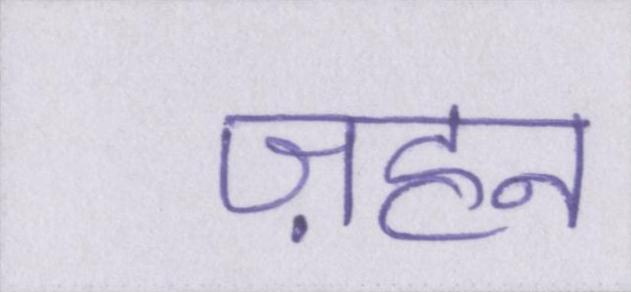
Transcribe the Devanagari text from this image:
ज़हन